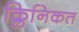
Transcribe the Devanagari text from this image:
क्लिनिकत